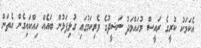
އެކަމަކު ކުރީގެ ރައީސް މުހައްމަދު ނަޝީދުގެ ވެރިކަމުގައި ގުޅިފަޅުން ބައެއް ހިއްކައިގެން އެތަން